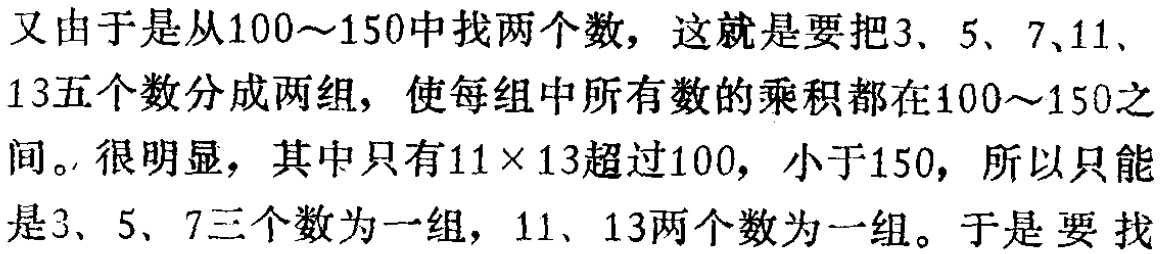
又由于是从100～150中找两个数，这就是要把3、5、7、11、13五个数分成两组，使每组中所有数的乘积都在100～150之间。很明显，其中只有\(11\times 13\)超过100，小于150，所以只能是3、5、7三个数为一组，11、13两个数为一组。于是要找